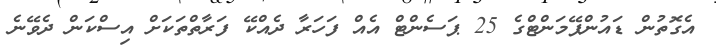
އެގޮތުން ޑައުންޕޭމަންޓްގެ 25 ޕަސެންޓް އެއް ފަހަރާ ދެއްކޭ ފަރާތްތަކަށް އިސްކަން ދެވޭނެ